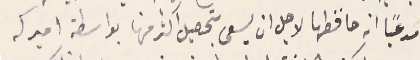
مدعيًا انه حافظها لاجل ان يسعى بتحصيل اكثر منها بواسطة اميركه